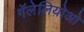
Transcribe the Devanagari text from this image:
गॅलेलियोओ